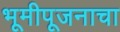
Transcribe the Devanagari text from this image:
भूमीपूजनाचा